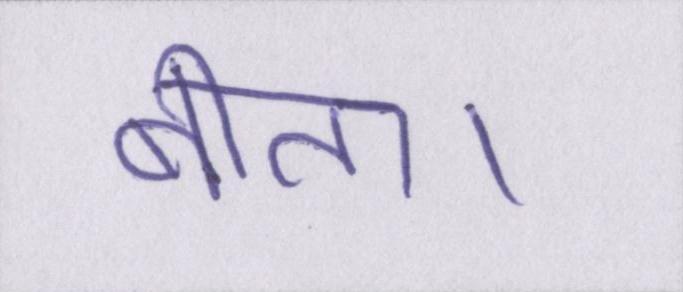
बीता।